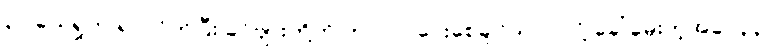
၃၂ ယေရှုက ရပ်လိုက်ပြီး ခင်ဗျားတို့ကို ဘာလုပ်ပေးစေချင်သလဲ လို့ ခေါ်မေးတဲ့အခါ၊ ၃၃